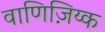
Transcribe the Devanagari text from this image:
वाणिज़िय्क